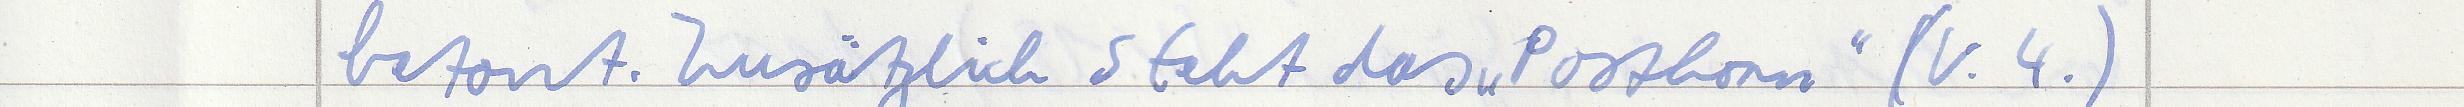
betont. Zusätzlich steht das "Posthorn" (V.4.)